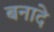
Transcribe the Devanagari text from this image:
बनादे